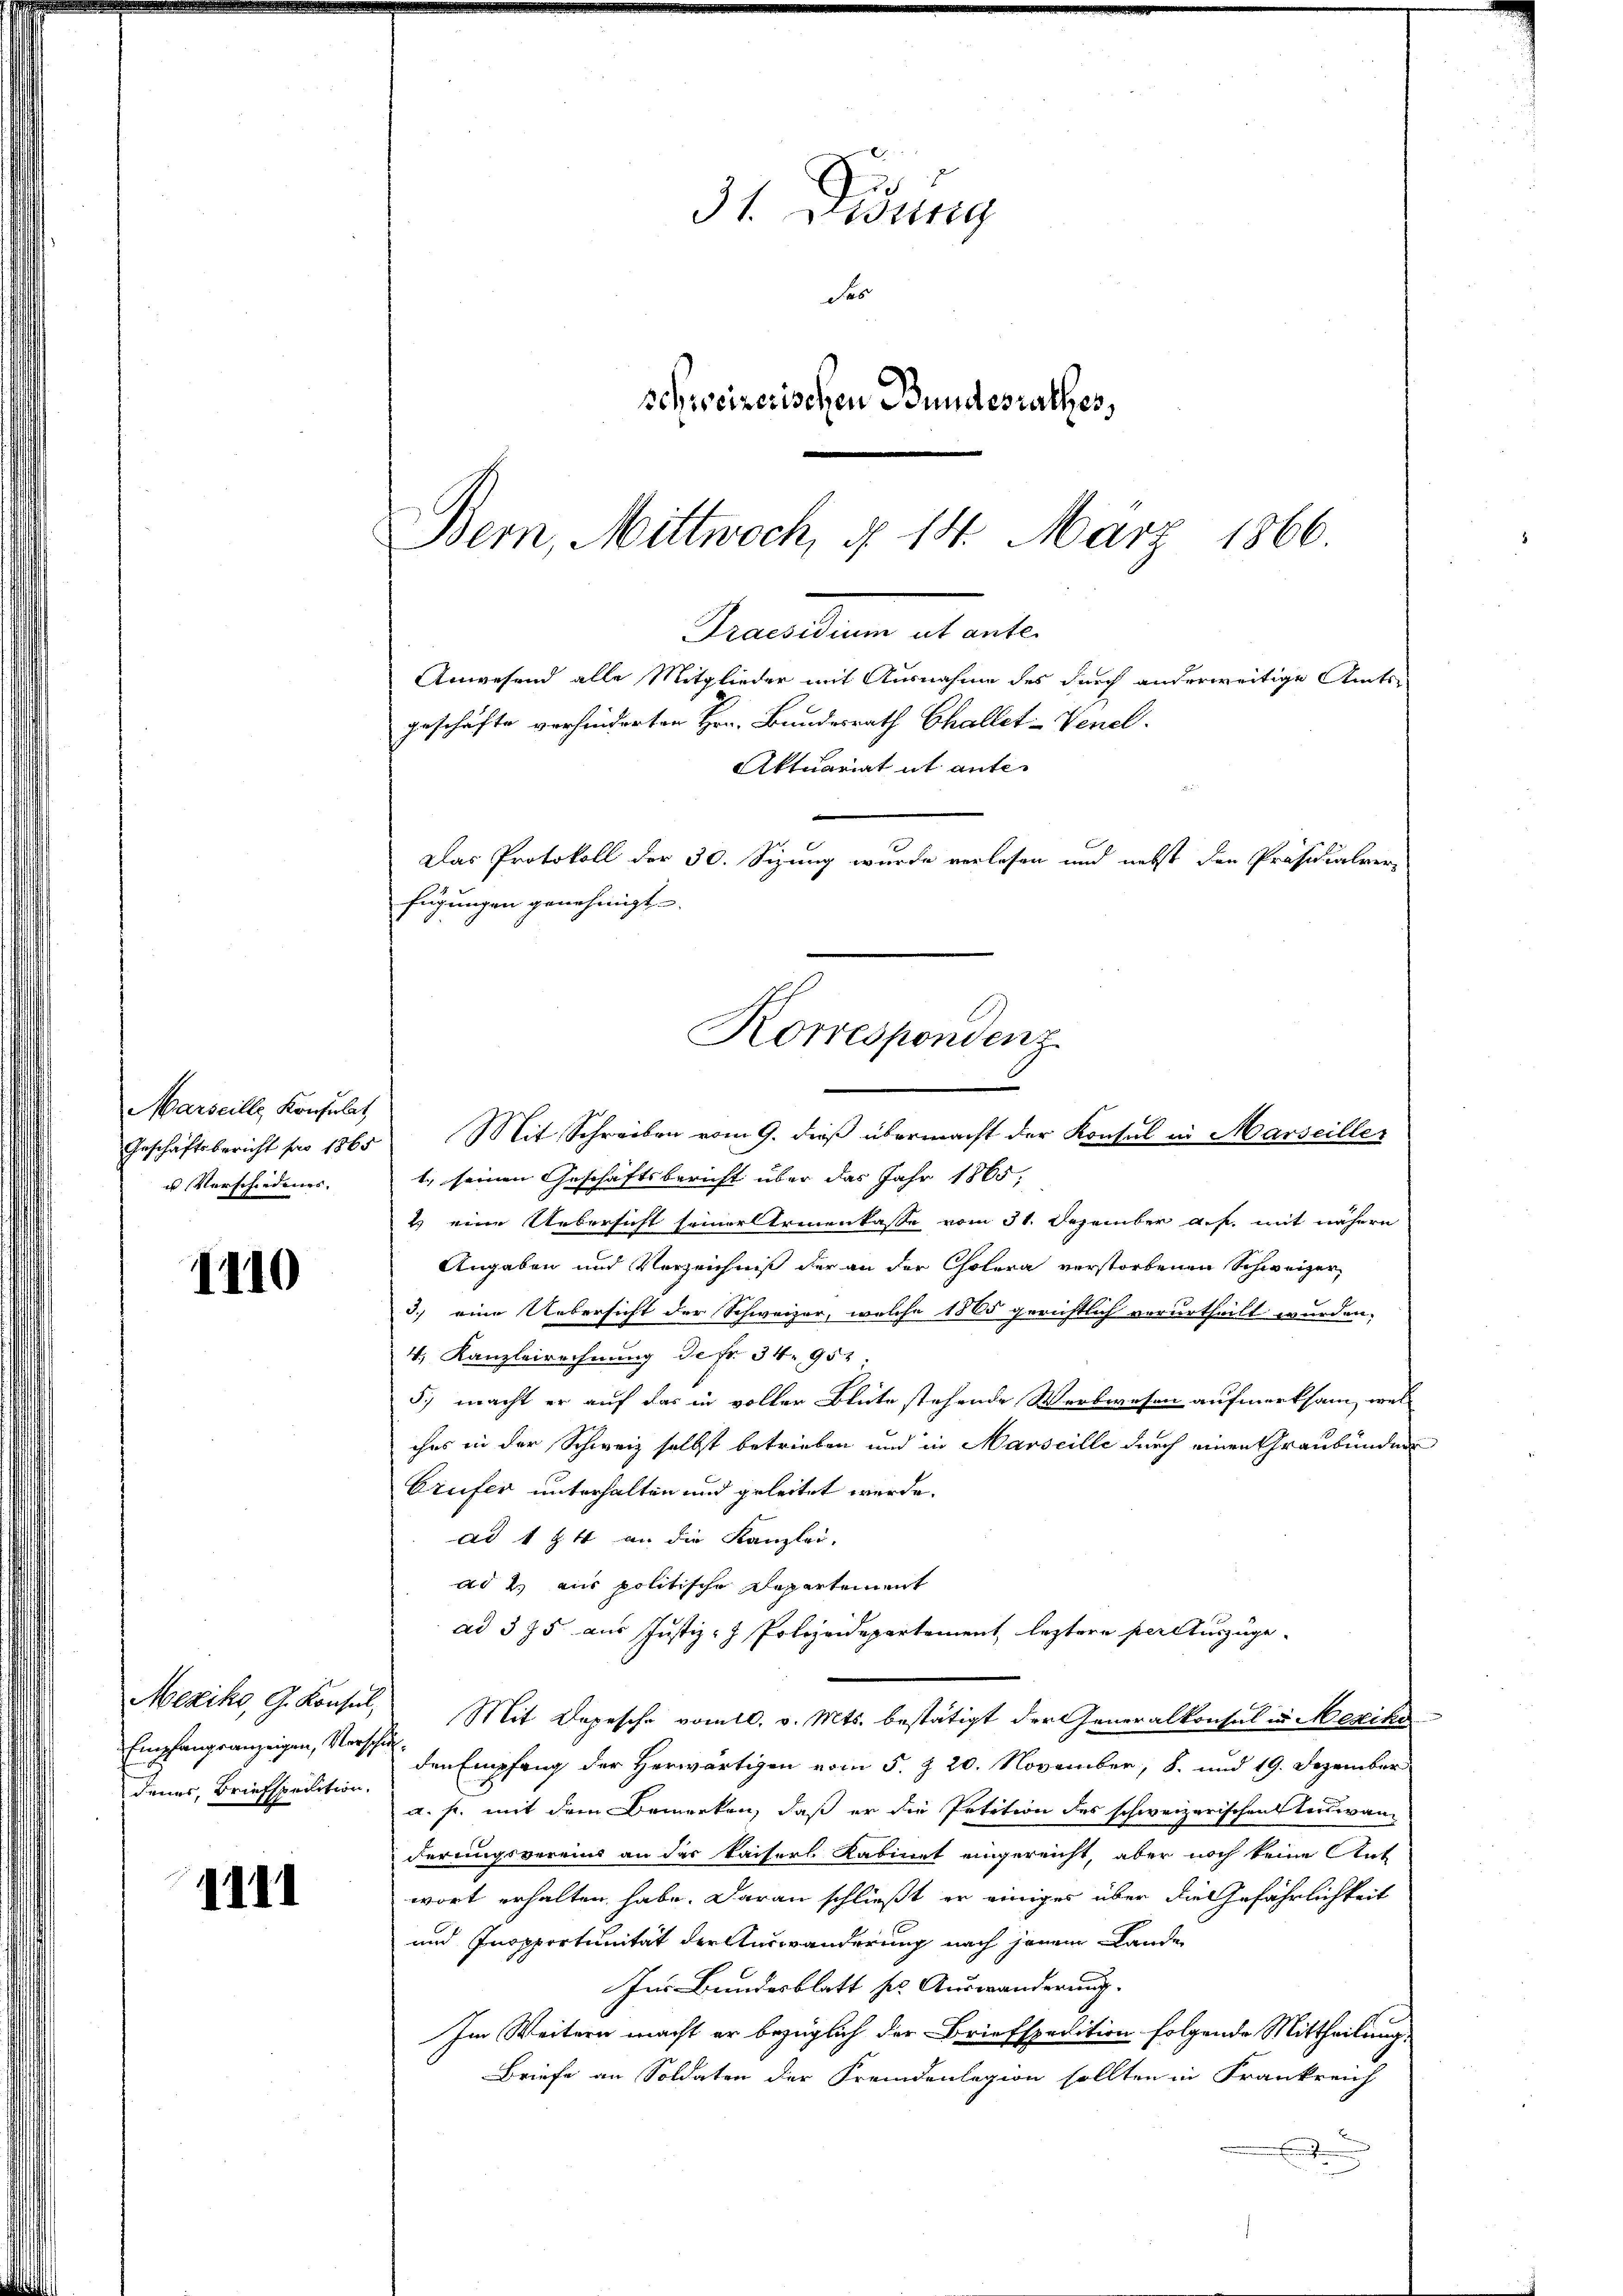
Marseille Konsulat
u Verschiedenes.

1110

Empfangsanzeigen, Vorschuldenes, Briefspedition,

IIII

31. Didung
des
schweizerischen Bundesrathes,

Bern, Mittwoch, § 14. März 1866.
Beamtung ab entbe
Anwesend alle Mitglieder mit Ausnahme des durch anderweitige Amts
geschäfte verhinderten Hrn. Bundesrath Challet-Venel.
Aktuariat ut ante-

Das Protokoll der 30. Sizung wurde verlesen und nebst den Präsidialverfügungen genehmigt.
Korrespondenz

Geschäftsbericht pro 1865 Mit Schreiben vom 9. dieβ übermacht der Konsul in Marseiller
1., seinen Geschäftsbericht über das Jahr 1865,
2 eine Uebersicht seiner Armenkasse vom 31. Dezember a.h. mit nähern
Angaben und Verzeichniß der an der Cholera verstorbenen Schweizer,
3.) eine Uebersicht der Schweizer, welche 1865 gerichtlich verurtheilt wurden,
4., Kanzleirechnung de fr. 34. 952:
5.) macht er auf das in voller Blüte stehende Werbwesen aufmerksam, wel-
ches in der Schweiz selbst betrieben und in Marseille durch einen Graubünden
Crufer unterhalten und geleitet werde.
ad 1 ½ 4 an die Kanzlei.
ad 2. aus politische Departement
ad 375 aus Justiz- Polizeidepartement leztere perctuszüge
Mexiko, G. Konsul, Mit Depesche vom 10. v. Mts. bestätigt der Generalkonsul in Mexiko
den Empfang der Herwärtigen vom 5. § 20. November, 8. und 19. Dezember
a. p. mit dem Bemerken, daß er die Petition des schweizerischen Teiswanderungsvereins an der Kaisers Kabinet eingereicht, aber noch keine Ant
wort erhalten habe. Daran schließt er einiges über die Gefährlichkeit
und Inopportunität der Auswanderung nach jenem Lande
Ins Bundesblatt sel. Auswanderung.
Im Weitern macht er bezüglich der Briefspedition folgende Mittheilung
Briefe an Soldaten der Fremdenlegion sollten in Frankreich
e